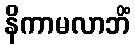
နိကာမလာဘိံ